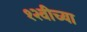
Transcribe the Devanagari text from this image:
१२वीच्या